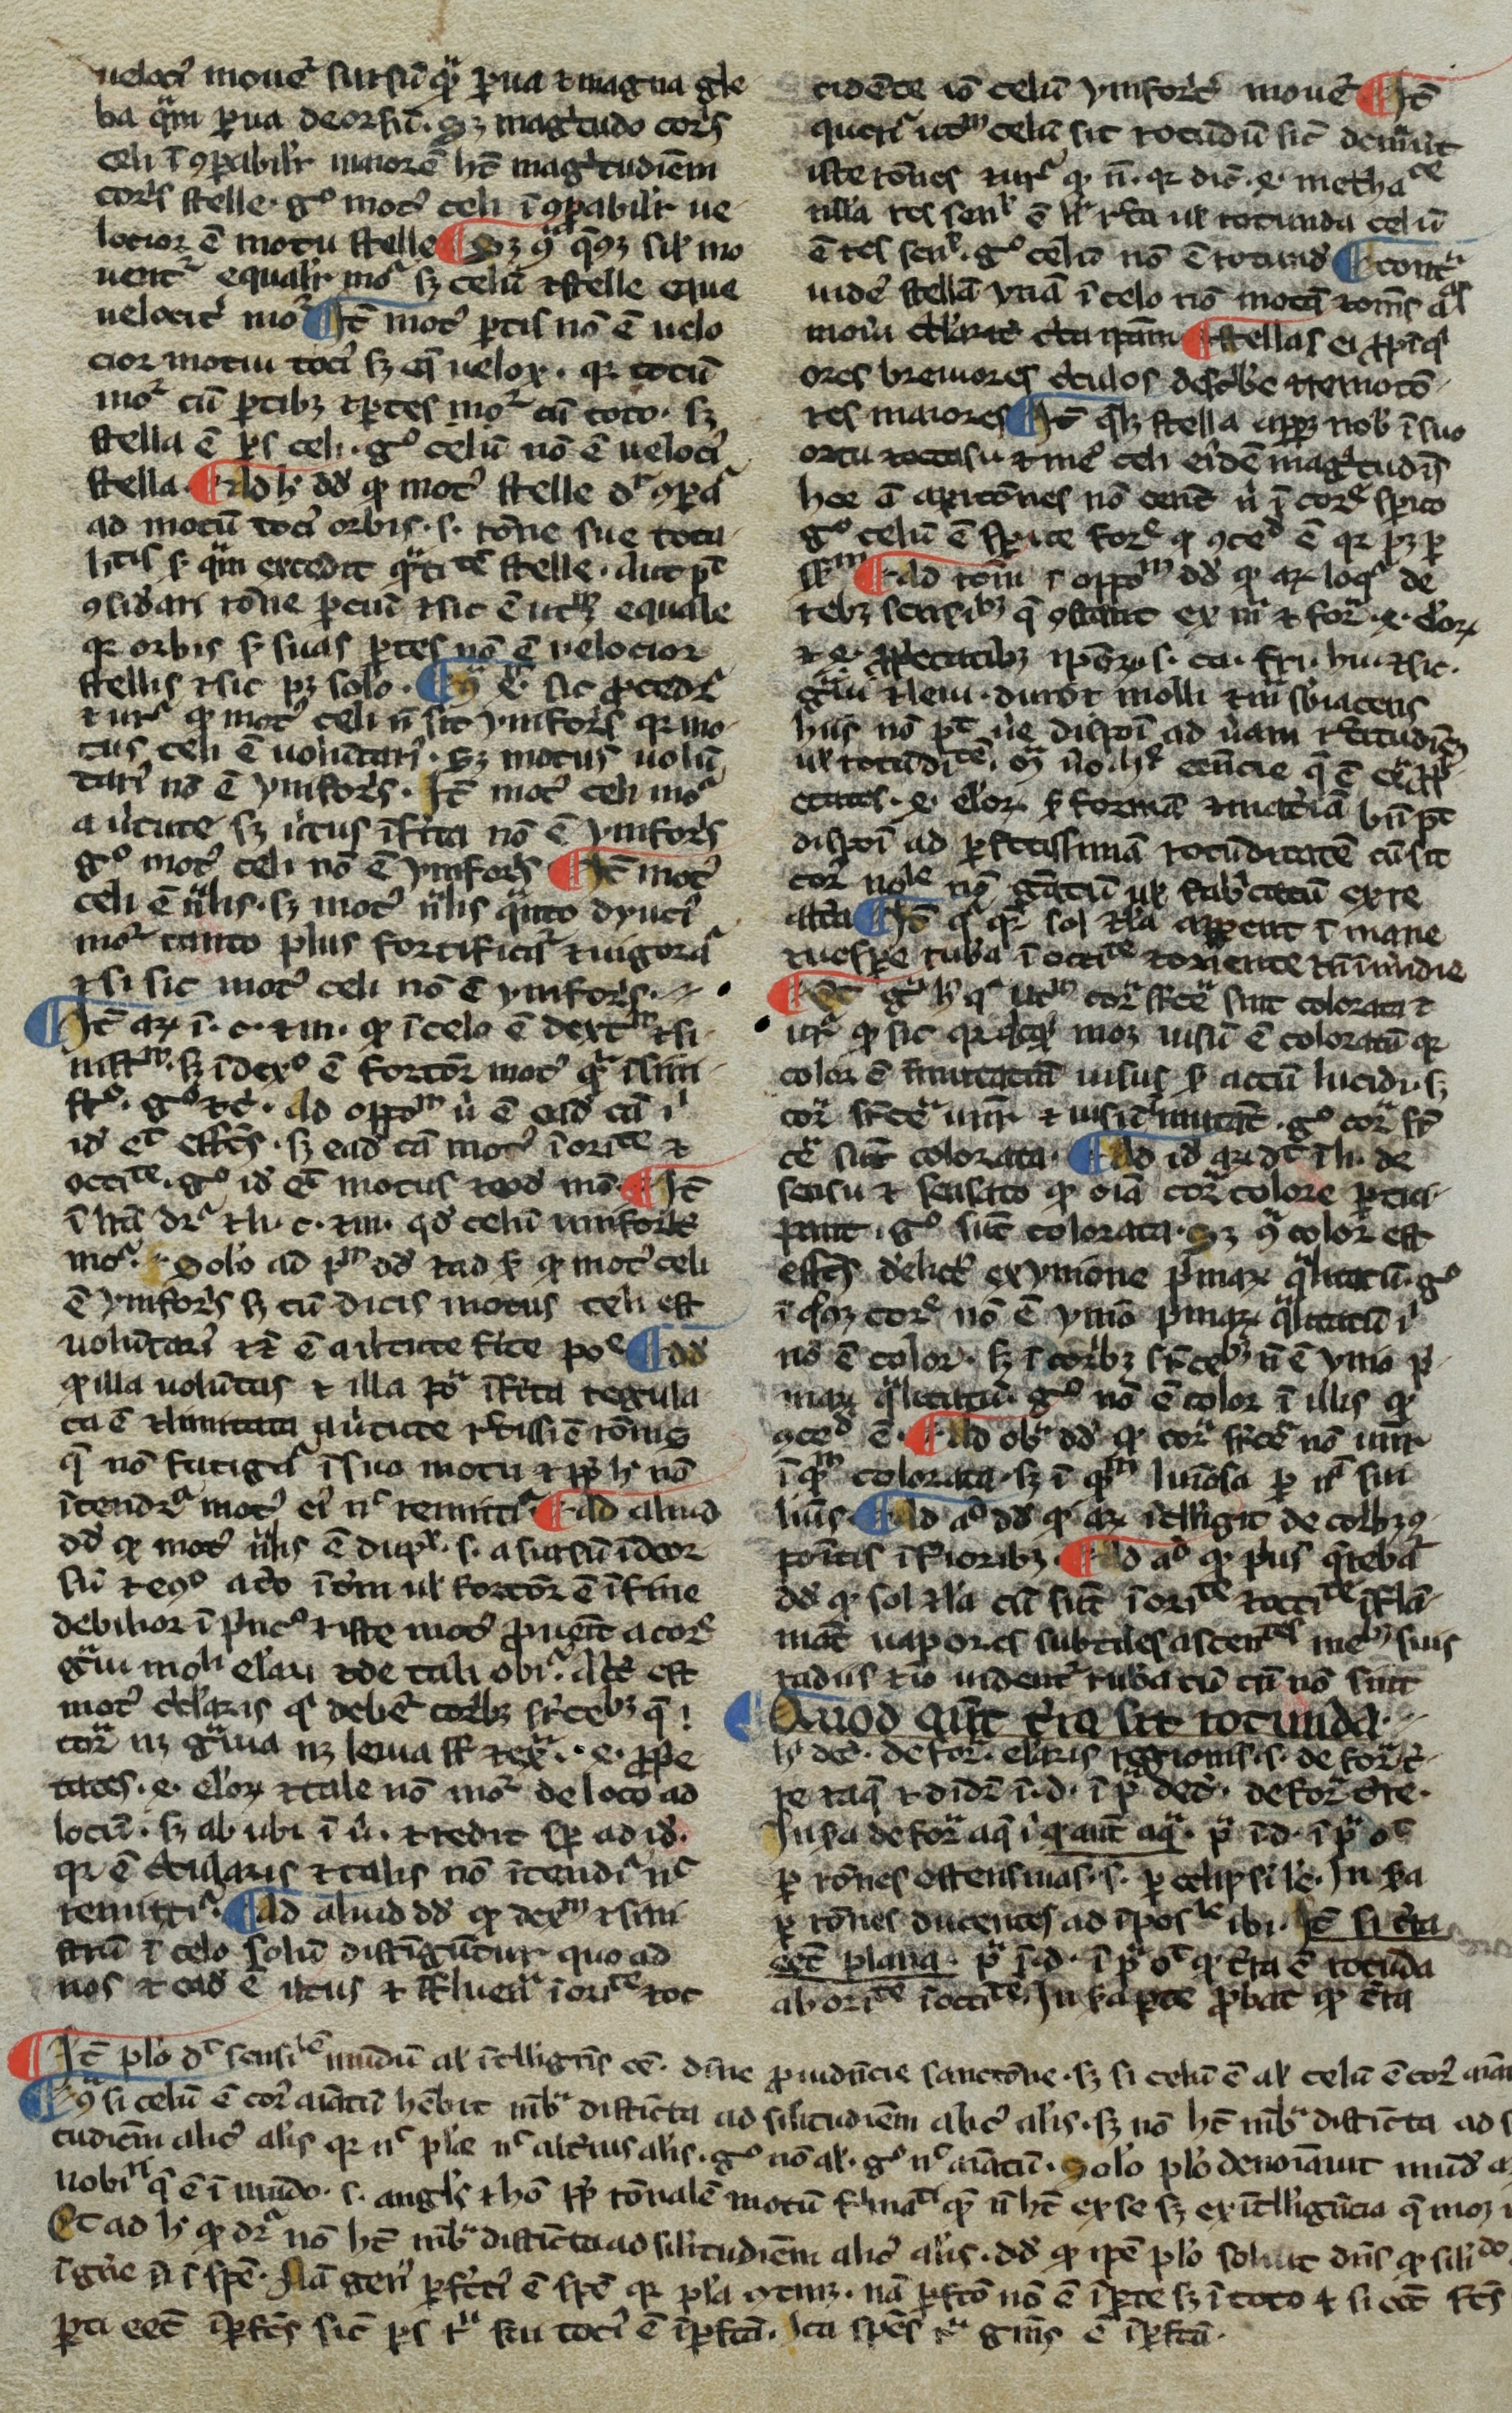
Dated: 1266–1299